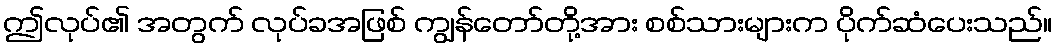
ဤလုပ်၏ အတွက် လုပ်ခအဖြစ် ကျွန်တော်တို့အား စစ်သားများက ပိုက်ဆံပေးသည်။